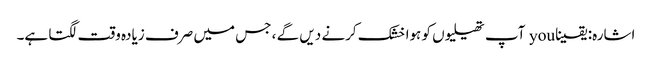
اشارہ: یقینا you آپ تھیلیوں کو ہوا خشک کرنے دیں گے ، جس میں صرف زیادہ وقت لگتا ہے۔